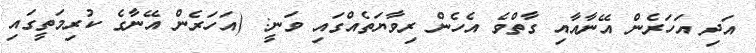
އަދި އަހަރެން އޭނާއާއި ގާތްވެ އެހެން ރިވާޔަތެއްގައި ވަނީ: (އަހަރެން އޭނާގެ ކުރިމަތީގައި